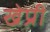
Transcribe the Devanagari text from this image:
खेप्री